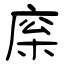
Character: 庺